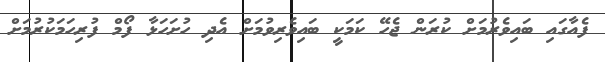
ފެއާގައި ބައިވެރުމަށް ކުރަން ޖެހޭ ކަމަކީ ބައިވެރިވުމަށް އެދި ހުށަހަޅާ ފޯމް ފުރިހަމަކުރުމަށް